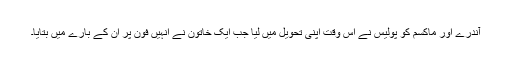
آندرے اور ماکسم کو پولیس نے اس وقت اپنی تحویل میں لیا جب ایک خاتون نے انہیں فون پر اِن کے بارے میں بتایا۔